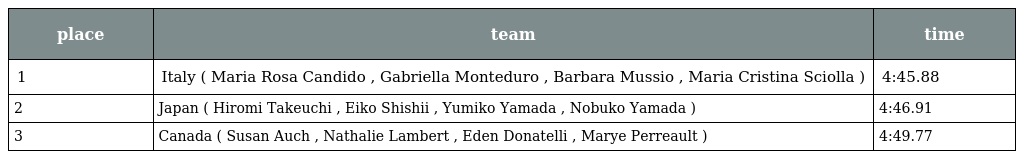
| place | team | time |
 | --- | --- | --- |
 | 1 | Italy ( Maria Rosa Candido , Gabriella Monteduro , Barbara Mussio , Maria Cristina Sciolla ) | 4:45.88 |
 | 2 | Japan ( Hiromi Takeuchi , Eiko Shishii , Yumiko Yamada , Nobuko Yamada ) | 4:46.91 |
 | 3 | Canada ( Susan Auch , Nathalie Lambert , Eden Donatelli , Marye Perreault ) | 4:49.77 |